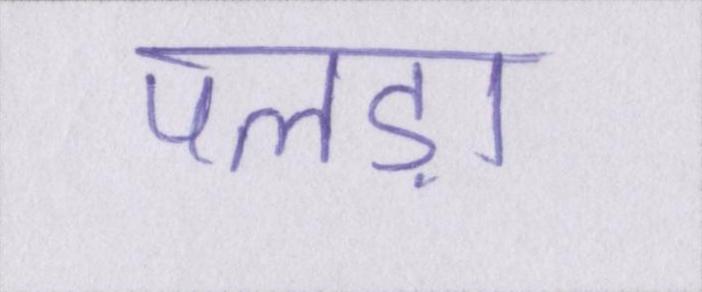
पलड़ा